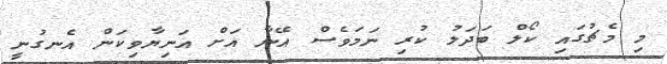
މި މެޗުގައި ކޯލް ބަދަލު ކުރި ނަމަވެސް އޭނާ އަށް އަނިޔާވިކަން އެނގުނީ